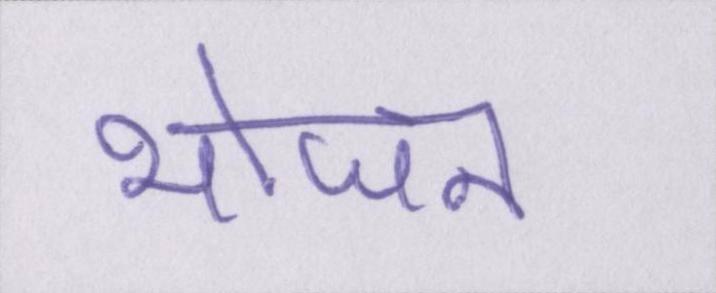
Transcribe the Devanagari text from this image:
भोजन